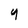
Character: 4